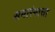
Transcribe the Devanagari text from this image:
समारंभाचा